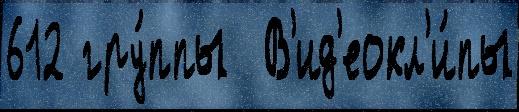
612 гру́ппы  В'ид'еокл'и́пы